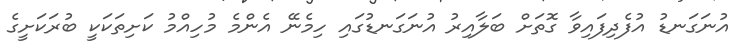
އުނަގަނޑު އުފެދިފައިވާ ގޮތަށް ބަލާއިރު އުނަގަނޑުގައި ހިމެނޭ އެންމެ މުހިއްމު ކަށިތަކަކީ ބުރަކަށީގެ